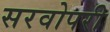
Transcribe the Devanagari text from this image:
सरवोपरी